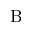
\mathrm { B }